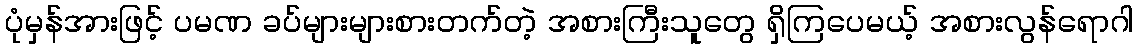
ပုံမှန်အားဖြင့် ပမဏ ခပ်များများစားတက်တဲ့ အစားကြီးသူတွေ ရှိကြပေမယ့် အစားလွန်ရောဂါ